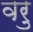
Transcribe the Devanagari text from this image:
वरु